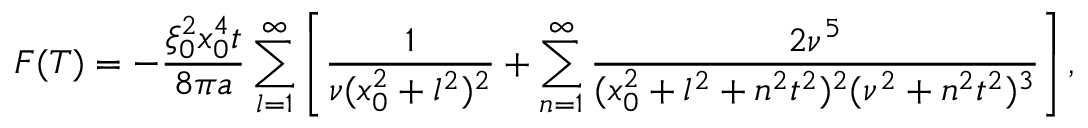
F ( T ) = - \frac { \xi _ { 0 } ^ { 2 } x _ { 0 } ^ { 4 } t } { 8 \pi a } \sum _ { l = 1 } ^ { \infty } \left[ \frac 1 { \nu ( x _ { 0 } ^ { 2 } + l ^ { 2 } ) ^ { 2 } } + \sum _ { n = 1 } ^ { \infty } \frac { 2 \nu ^ { 5 } } { ( x _ { 0 } ^ { 2 } + l ^ { 2 } + n ^ { 2 } t ^ { 2 } ) ^ { 2 } ( \nu ^ { 2 } + n ^ { 2 } t ^ { 2 } ) ^ { 3 } } \right] ,